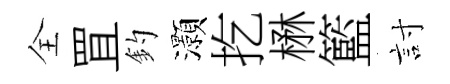
全罝釣灝扢楙籃討